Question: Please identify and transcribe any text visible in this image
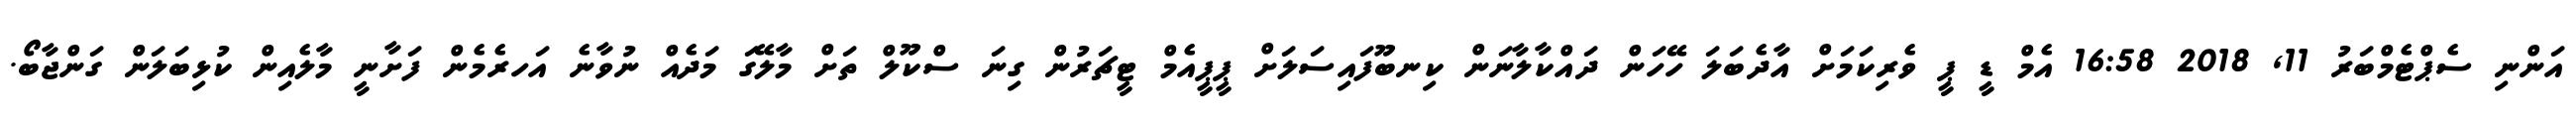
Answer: އަންނި ސެޕްޓެމްބަރު 11, 2018 16:58 އެމް ޑީ ޕީ ވެރިކަމަށް އާދެބަލަ ހޭހަން ދައްކާލާނަން ކިނބޫފައިސަލަށް ޕީޕީއެމް ޓީޗަރުން ގިނަ ސްކޫލް ތަށް މާލޭގަ މަދެއް ނުވާނެ އަހރެމެން ފަށާނީ މާލެއިން ކުޅިބަލަން ގަންޖާބޯ.